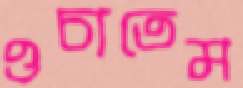
ওচাতেম